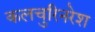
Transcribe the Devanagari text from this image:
कलचुरिनरेश